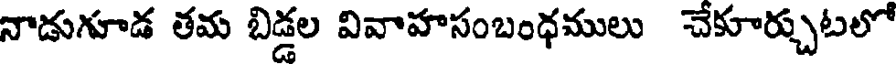
నాడుగూడ తమ బిడ్డల వివాహసంబంధములు చేకూర్చుటలో